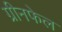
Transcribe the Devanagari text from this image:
ग्रीनफेल